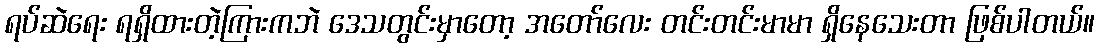
ရပ်ဆဲရေး ရရှိထားတဲ့ကြားကဘဲ ဒေသတွင်းမှာတော့ အတော်လေး တင်းတင်းမာမာ ရှိနေသေးတာ ဖြစ်ပါတယ်။